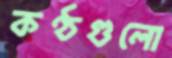
কণ্ঠগুলো